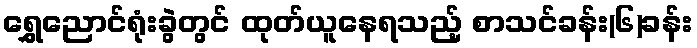
ရွှေညောင်ရုံးခွဲတွင် ထုတ်ယူနေရသည့် စာသင်ခန်း(၆)ခန်း